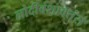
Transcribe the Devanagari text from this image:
लोदीवंशावतंस